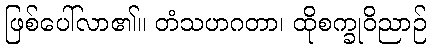
ဖြစ်ပေါ်လာ၏။ တံသဟဂတာ၊ ထိုစက္ခုဝိညာဉ်